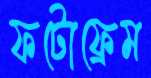
ফটোফ্রেম